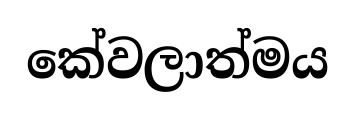
කේවලාත්මය